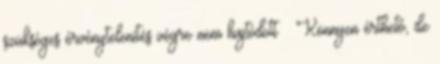
szükséges érvénytelenítés végre nem hajtódott ● Könnyen érthető, de